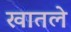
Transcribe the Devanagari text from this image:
खातले